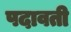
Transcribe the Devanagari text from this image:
पदावती